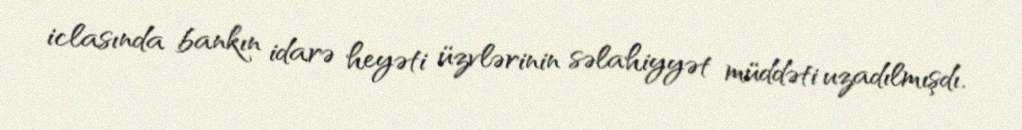
iclasında bankın idarə heyəti üzvlərinin səlahiyyət müddəti uzadılmışdı.